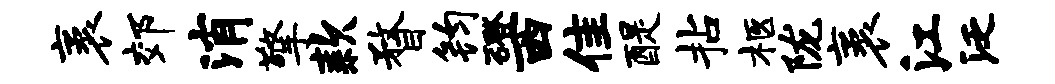
袤郊消擎款瞀钧磴西隹醍拈柩陇袤江泛